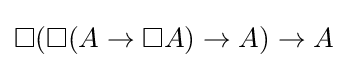
\Box (\Box (A\to \Box A)\to A)\to A